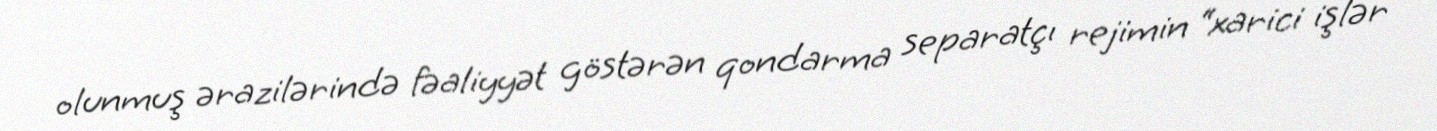
olunmuş ərazilərində fəaliyyət göstərən qondarma separatçı rejimin “xarici işlər